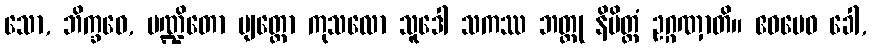
သော, ဘိက္ခဝေ, ပဏ္ဍိတော ဗျတ္တော ကုသလော သူဒေါ သကဿ ဘတ္တု နိမိတ္တံ ဥဂ္ဂဏှာတိ။ ဧဝမေဝ ခေါ,